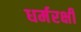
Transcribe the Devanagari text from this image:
धर्मरक्षी